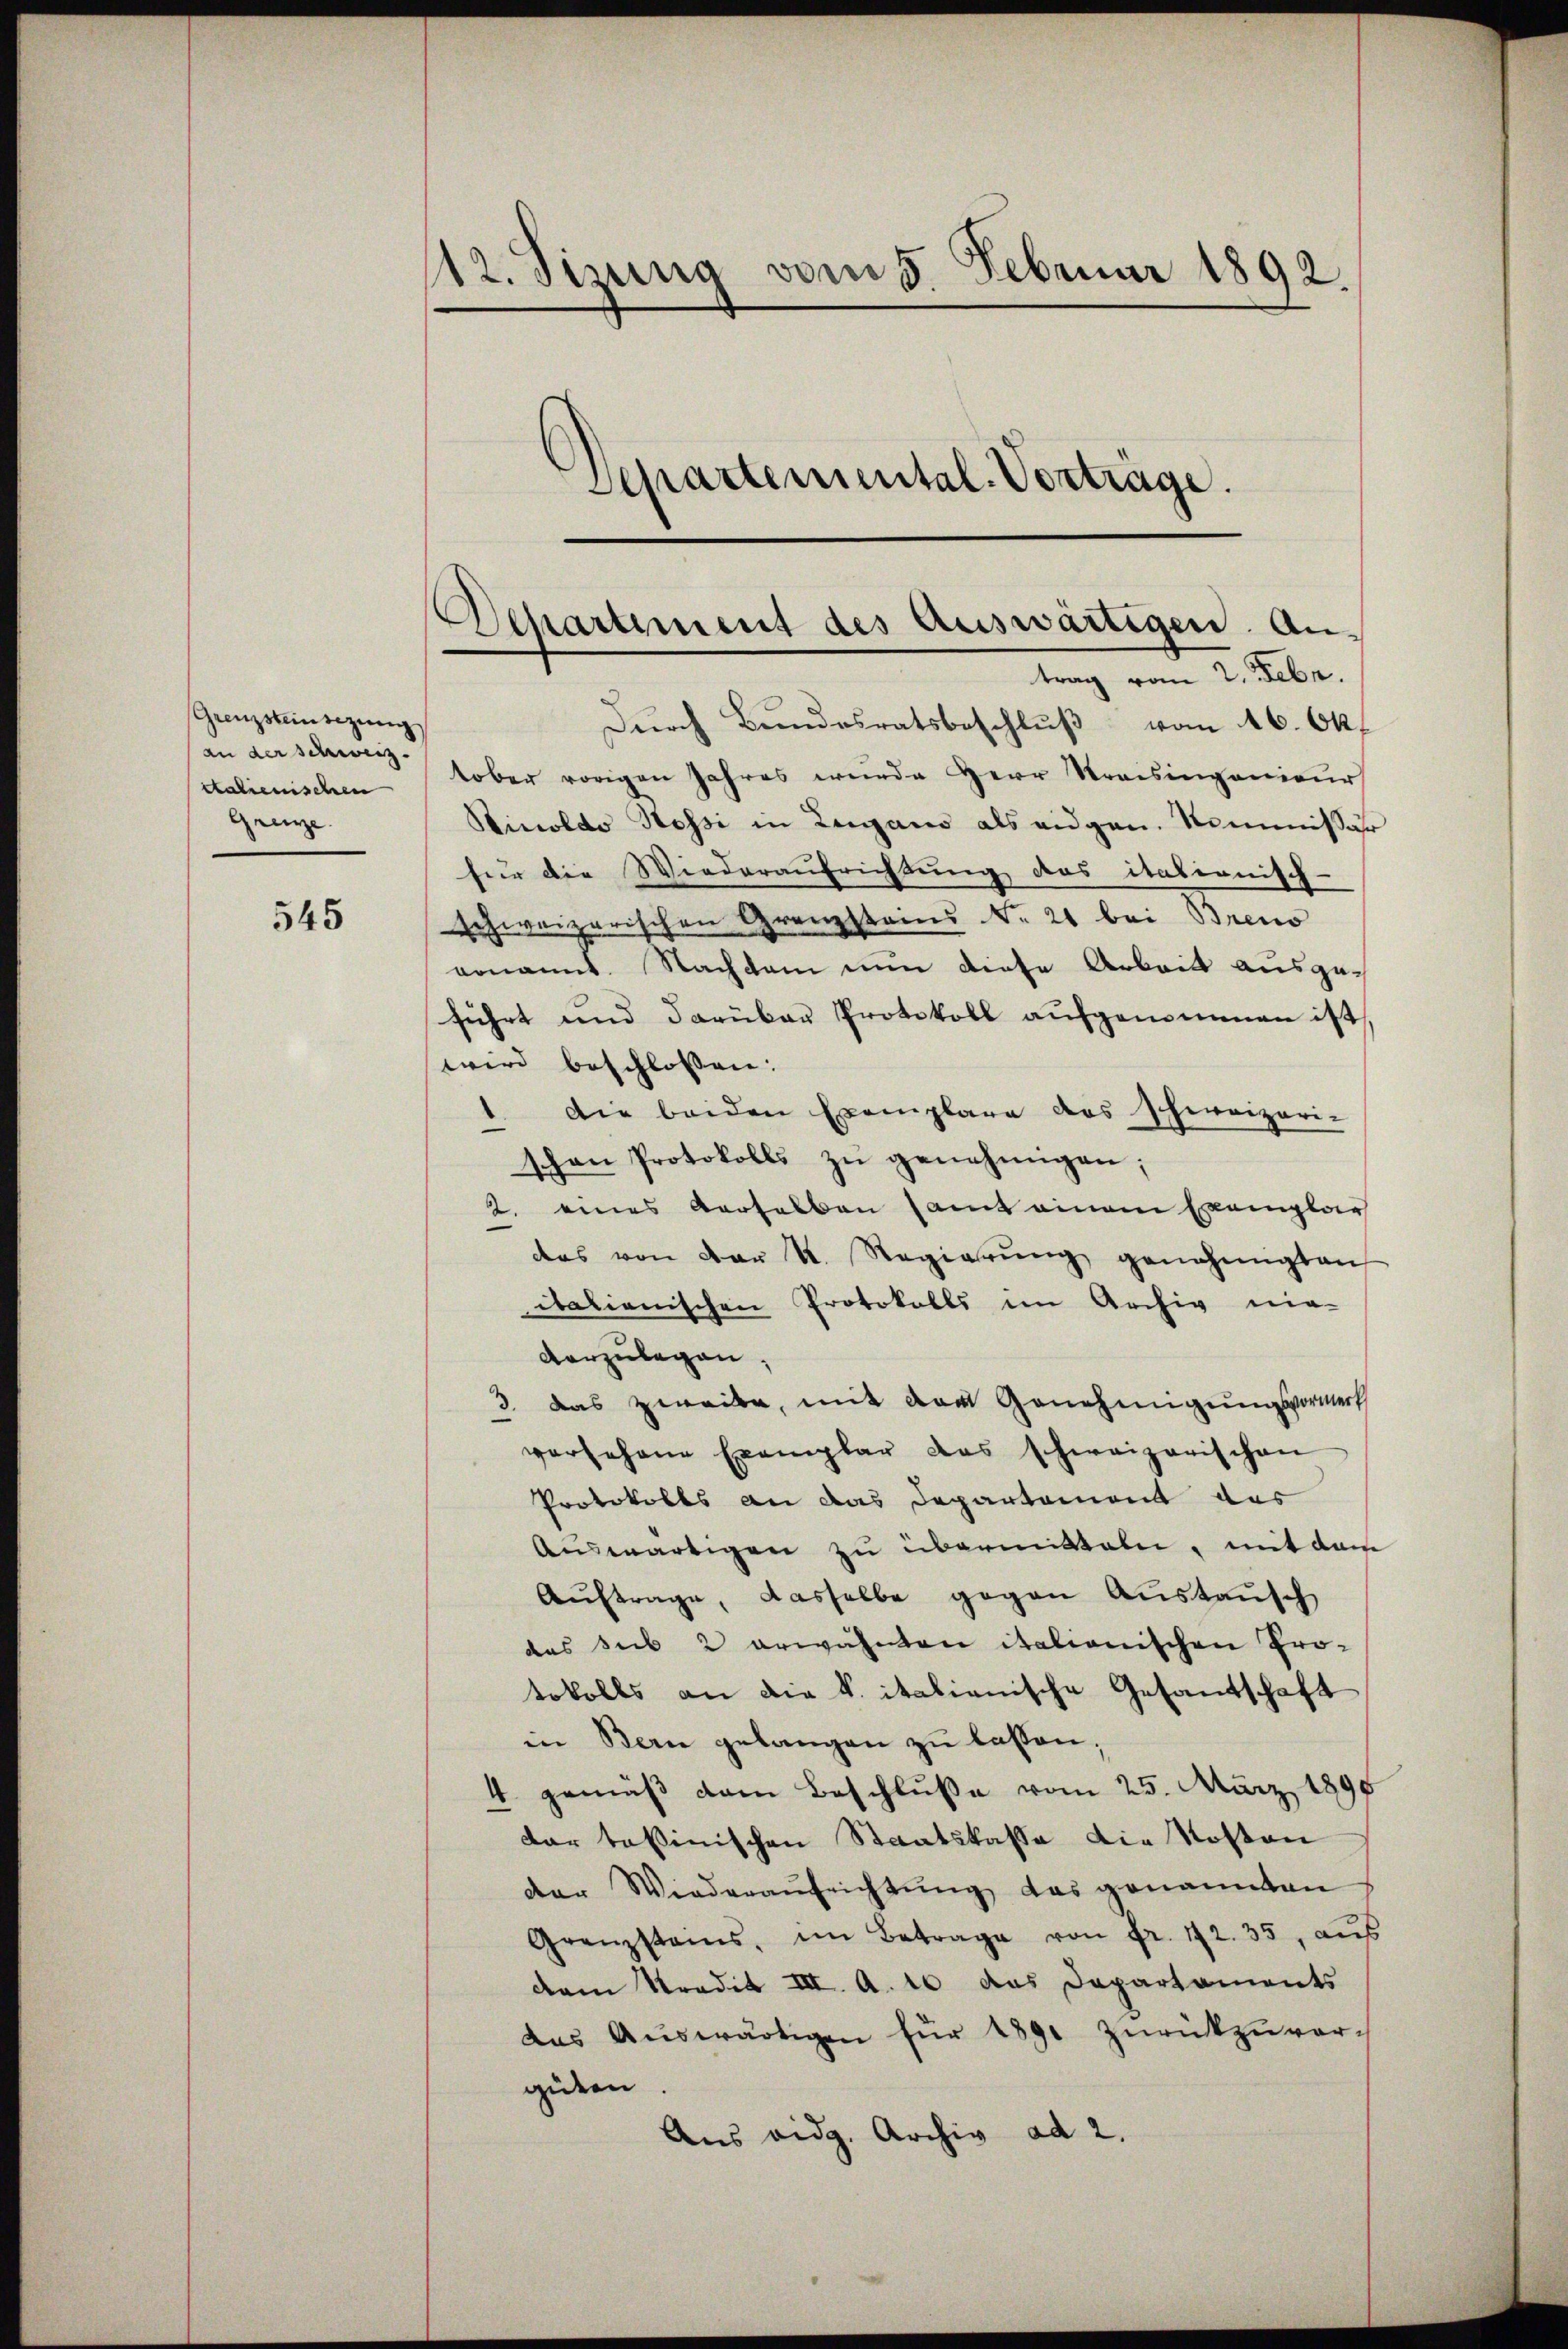
Grenzsteinsezung
an der schweiz.
talienischen
Grenze.

545

112. Sizung vom 5. Februar 1892.
Separtemental-Vorträge.

Separtiment des Auswärtigen Antrag vom 2. Febr.

Dŭrch Bŭndesratsbeschlŭβ vom 16. Okt
tober vorigen Jahres wurde Herr Streisingenieur
Sinoldo Hossi in Lugano als eidgen. Kommissär
für die Wiederaufrichtung des itabernisch-
schweizerischen Grenzsteins No. 21 bei Breno
genannt. Nachdem nun diese Arbeit ausge-
führt und darüber Protokoll aufgenommen ist
wird beschlossen:
Die beiden Exemplare das schweizeri-
.
schon Protokolls zŭ genehmigen;
2. eines Verhalben samt einem Exemplar
das von der K. Regierŭng genehmigten
itationischen Protokolls im Archiv nie-
vorzulegen.
3. das zweibe, mit der Genehmigungsvormerk
versehene Exemplar das schweizerischen
Protokolls an das Departement das
Auswärtigen zu übermitteln, mit dem
Aŭftrage, dasselbe gegen Aŭstaŭsch
das sub 2 erwähnten italionischen Pro-
tokolls an die k. italianische Gesandschaft
in Bern gelangen zu lassen;
4 gemäß dem Beschluße vom 25. März 1895
dar taßinischen Staatskasse die Kosten
der Wiederaŭfrichtung das genannten
Granzstains, im Betrage von Fr. 172. 35, aŭs
dem Tradik III. A. 16 das Departaments
das Aŭswärtigen für 1891 zŭrückzuvergüten
Aus eidg. Archiv ad 2.